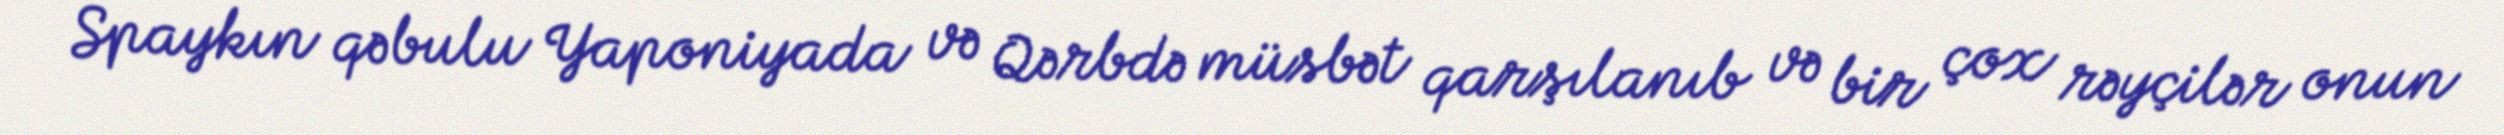
Spaykın qəbulu Yaponiyada və Qərbdə müsbət qarşılanıb və bir çox rəyçilər onun